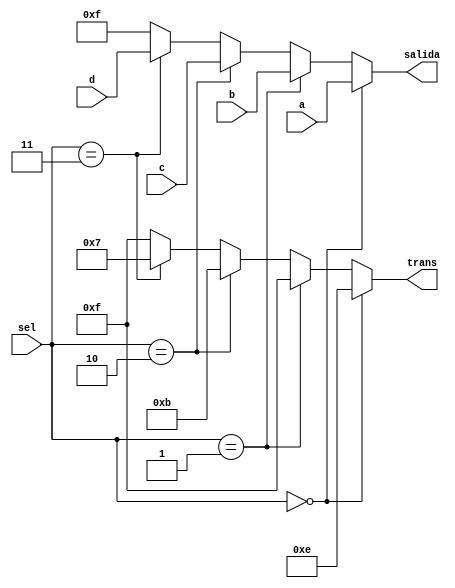
`timescale 1ns / 1ps
//////////////////////////////////////////////////////////////////////////////////
// Company: 
// Engineer: 
// 
// Design Name: 
// Module Name:    mux 
// Project Name: 
// Target Devices: 
// Tool versions: 
// Description: 
//
// Dependencies: 
//
// Revision: 
// Revision 0.01 - File Created
// Additional Comments: 
//
//////////////////////////////////////////////////////////////////////////////////
module mux(
    input [6:0] a,
    input [6:0] b,
    input [6:0] c,
    input [6:0] d,
    output [6:0] salida,
	 output [3:0] trans,
    input [1:0] sel
    );
	 
	assign salida = 	(sel == 'b00) ? a:
							(sel == 'b01) ? b:
							(sel == 'b10) ? c:
							(sel == 'b11) ? d:
							'hf;

	assign trans = 	(sel == 'b00) ? 'b1110:
							(sel == 'b01) ? 'b1111:
							(sel == 'b10) ? 'b1011:
							(sel == 'b11) ? 'b0111:
							'hf;
endmodule